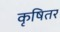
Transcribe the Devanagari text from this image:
कृषितर